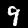
Label: 9